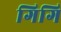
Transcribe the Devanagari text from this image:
गिगि